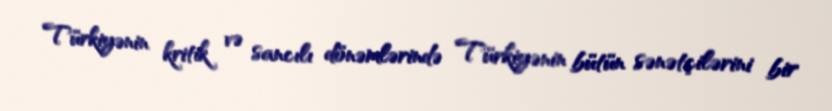
Türkiyənin kritik və sancılı dönəmlərində Türkiyənin bütün sənətçilərini bir